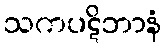
သကပဋိဘာနံ